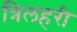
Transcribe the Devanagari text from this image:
त्रिलहरी